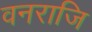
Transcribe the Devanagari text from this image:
वनराजि